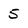
Character: 5